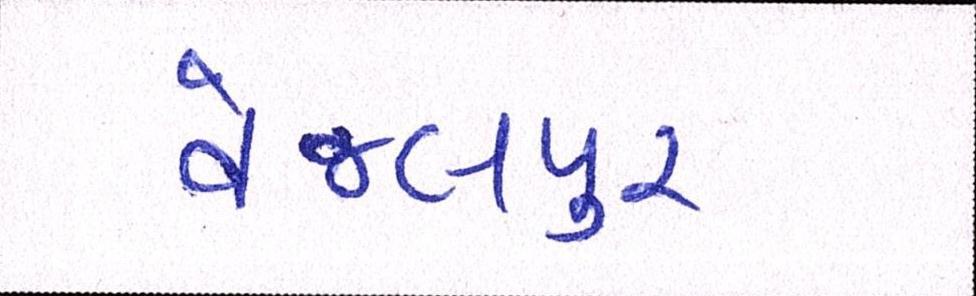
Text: વેજલપુર